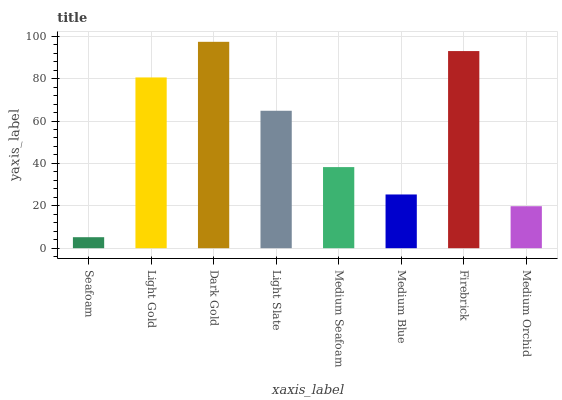
| xaxis_label | bars |
 | --- | --- |
 | Seafoam | 5.19 |
 | Light Gold | 80.6 |
 | Dark Gold | 97.4 |
 | Light Slate | 64.8 |
 | Medium Seafoam | 38.3 |
 | Medium Blue | 25.3 |
 | Firebrick | 93 |
 | Medium Orchid | 19.8 |